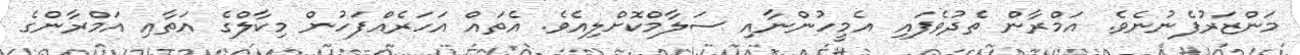
މަންޒަރުފެނުނެވެ. އަމްރާން ތެދުވެފައި އެމީހުންނާއި ސަލާމްކޮށްލިއެވެ. އެތައް އަހަރެއްފަހުން މިކާލްގެ އަތާއި އަމްރާންގެ